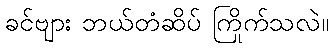
ခင်ဗျား ဘယ်တံဆိပ် ကြိုက်သလဲ။